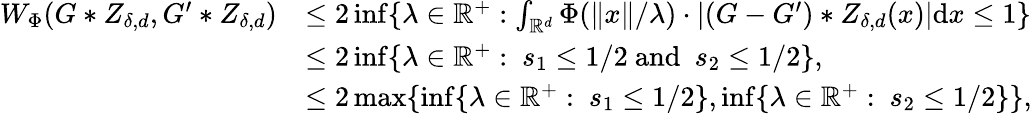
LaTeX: \begin{array}{rl}{W_{\Phi}(G\ast Z_{\delta,d},G^{\prime}\ast Z_{\delta,d})}&{\leq 2\operatorname*{inf}\{ \lambda\in\mathbb{R}^{+}:\int_{\mathbb{R}^{d}}\Phi(\| x\| /\lambda)\cdot|(G-G^{\prime})\ast Z_{\delta,d}(x)|\mathrm{d}x\leq 1\} }\\ &{\leq 2\operatorname*{inf}\{ \lambda\in\mathbb{R}^{+}:\ s_{1}\leq 1/2\mathrm{~and~}\ s_{2}\leq 1/2\} ,}\\ &{\leq 2\operatorname*{max}\{ \operatorname*{inf}\{ \lambda\in\mathbb{R}^{+}:\ s_{1}\leq 1/2\} ,\operatorname*{inf}\{ \lambda\in\mathbb{R}^{+}:\ s_{2}\leq 1/2\} \} ,}\end{array}